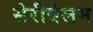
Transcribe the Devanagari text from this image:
सेरीबेलम